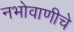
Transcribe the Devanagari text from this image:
नभोवाणीचे